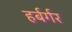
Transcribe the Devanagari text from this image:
हर्बर्गर